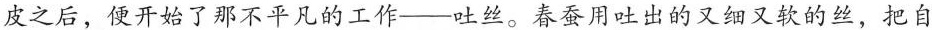
皮之后，便开始了那不平凡的工作--吐丝。春蚕用吐出的又细又软的丝，把自